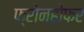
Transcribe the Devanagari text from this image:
फ्रोनहोफर